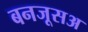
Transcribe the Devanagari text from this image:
बनजूसअ